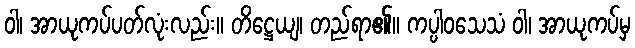
ဝါ၊ အာယုကပ်ပတ်လုံးလည်း။ တိဋ္ဌေယျ၊ တည်ရာ၏။ ကပ္ပါဝသေသံ ဝါ၊ အာယုကပ်မှ